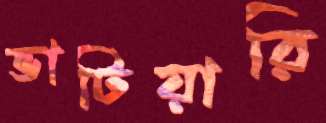
ভাটিয়ারি